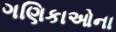
ગણિકાઓના